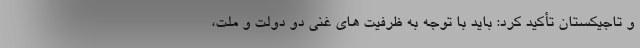
و تاجیکستان تأکید کرد: باید با توجه به ظرفیت های غنی دو دولت و ملت،